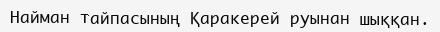
Найман тайпасының Қаракерей руынан шыққан.